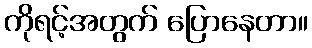
ကိုရင့်အတွက် ပြောနေတာ။